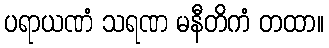
ပရာယဏံ သရဏ မနီတိကံ တထာ။